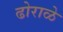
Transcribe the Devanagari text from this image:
ढोराळे